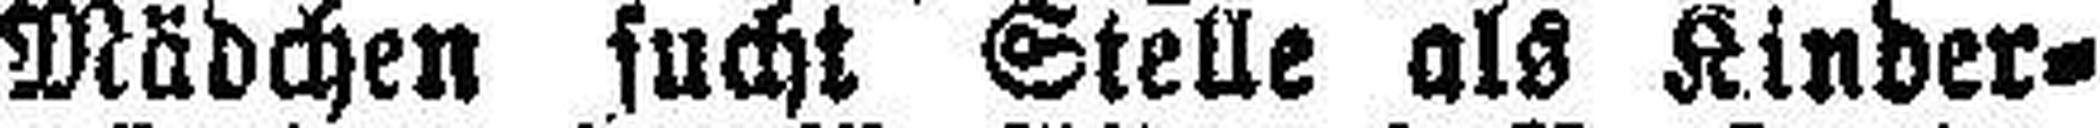
Mädchen sucht Stelle als Kinder¬